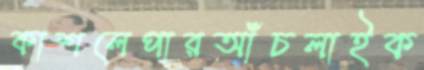
কাশলেপারআঁচলাইক